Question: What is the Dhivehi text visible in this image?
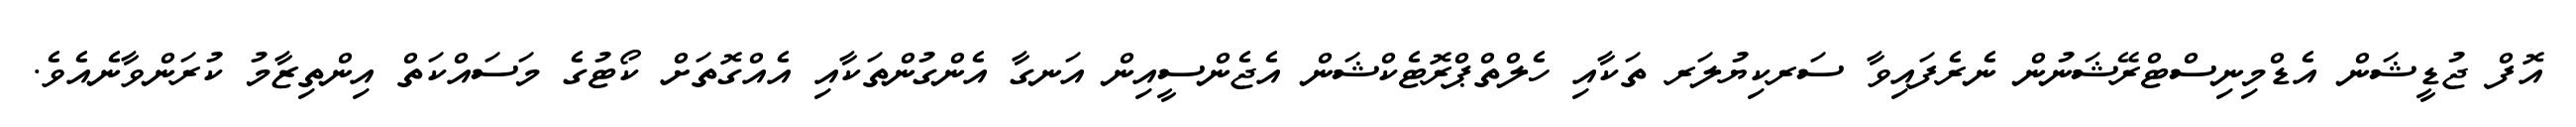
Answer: އޮފް ޖުޑީޝަން އެޑްމިނިސްޓްރޭޝަނުން ނެރެފައިވާ ސަރކިޔުލަރ ތަކާއި ހެލްތްޕްރޮޓެކްޝަން އެޖެންސީއިން އަނގާ އެންގުންތަކާއި އެއްގޮތަށް ކޯޓުގެ މަސައްކަތް އިންތިޒާމު ކުރަންވާނެއެވެ.